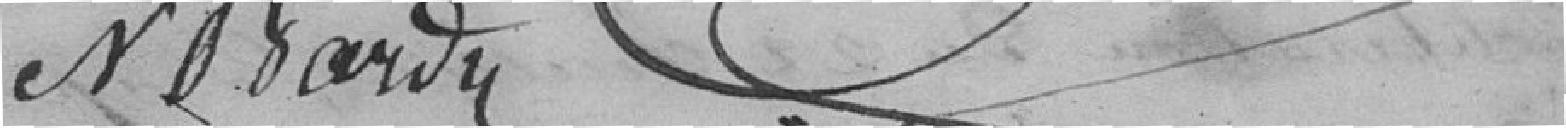
N Bardy